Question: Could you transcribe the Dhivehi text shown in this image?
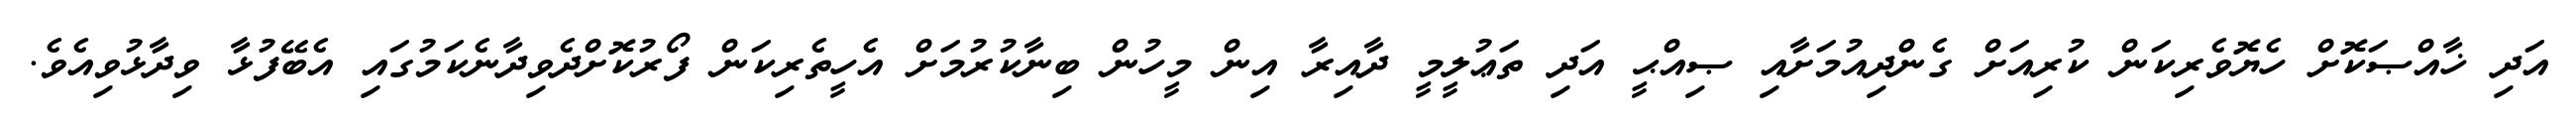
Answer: އަދި ޚާއްޞަކޮށް ހެޔޮވެރިކަން ކުރިއަށް ގެންދިއުމަށާއި ޞިއްޙީ އަދި ތަޢުލީމީ ދާއިރާ އިން މީހުން ބިނާކުރުމަށް އެހީތެރިކަން ފޯރުކޮށްދެވިދާނެކަމުގައި އެބޭފުޅާ ވިދާޅުވިއެވެ.